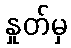
နှုတ်မှ